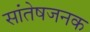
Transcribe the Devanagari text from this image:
सांतेषजनक